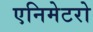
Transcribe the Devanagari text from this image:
एनिमेटरो